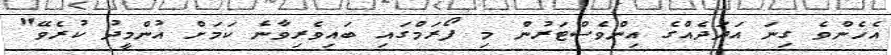
އެހެންވެ ގިނަ އަދަދެއްގެ އިންވެސްޓަރުން މި ފޯރަމްގައި ބައިވެރިވާނެ ކަމަށް އުންމީދު ކުރެވޭ"